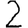
Digit: 2